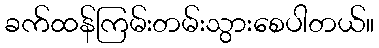
ခက်ထန်ကြမ်းတမ်းသွားစေပါတယ်။